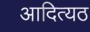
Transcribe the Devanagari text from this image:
आदित्यठ